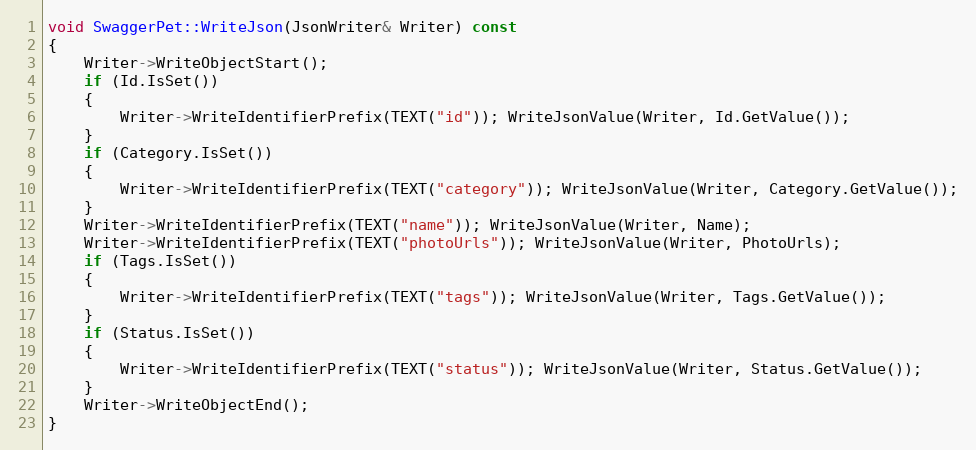
Language: C++
void SwaggerPet::WriteJson(JsonWriter& Writer) const
{
	Writer->WriteObjectStart();
	if (Id.IsSet())
	{
		Writer->WriteIdentifierPrefix(TEXT("id")); WriteJsonValue(Writer, Id.GetValue());
	}
	if (Category.IsSet())
	{
		Writer->WriteIdentifierPrefix(TEXT("category")); WriteJsonValue(Writer, Category.GetValue());
	}
	Writer->WriteIdentifierPrefix(TEXT("name")); WriteJsonValue(Writer, Name);
	Writer->WriteIdentifierPrefix(TEXT("photoUrls")); WriteJsonValue(Writer, PhotoUrls);
	if (Tags.IsSet())
	{
		Writer->WriteIdentifierPrefix(TEXT("tags")); WriteJsonValue(Writer, Tags.GetValue());
	}
	if (Status.IsSet())
	{
		Writer->WriteIdentifierPrefix(TEXT("status")); WriteJsonValue(Writer, Status.GetValue());
	}
	Writer->WriteObjectEnd();
}